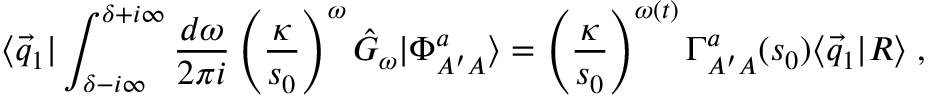
\langle \vec { q } _ { 1 } | \int _ { \delta - i \infty } ^ { \delta + i \infty } \frac { d \omega } { 2 \pi i } \left( \frac { \kappa } { s _ { 0 } } \right) ^ { \omega } \hat { G } _ { \omega } | \Phi _ { A ^ { \prime } A } ^ { a } \rangle = \left( \frac { \kappa } { s _ { 0 } } \right) ^ { \omega ( t ) } \Gamma _ { A ^ { \prime } A } ^ { a } ( s _ { 0 } ) \langle \vec { q } _ { 1 } | R \rangle \; ,